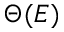
\Theta ( E )